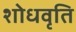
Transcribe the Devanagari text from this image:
शोधवृति